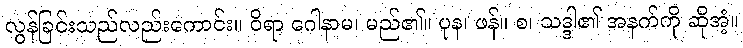
လွန်ခြင်းသည်လည်းကောင်း။ ဝိရာ ဂေါနာမ၊ မည်၏။ ပုန၊ ဖန်။ စ၊ သဒ္ဒါ၏ အနက်ကို ဆိုအံ့။